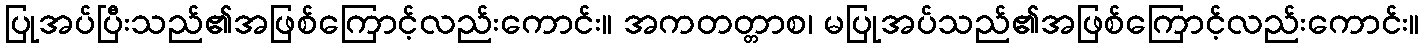
ပြုအပ်ပြီးသည်၏အဖြစ်ကြောင့်လည်းကောင်း။ အကတတ္တာစ၊ မပြုအပ်သည်၏အဖြစ်ကြောင့်လည်းကောင်း။